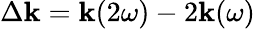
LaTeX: \Delta\mathbf{k}=\mathbf{k}(2\omega)-2\mathbf{k}(\omega)